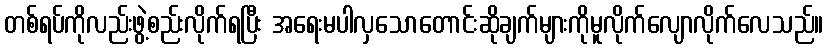
တစ်ရပ်ကိုလည်းဖွဲ့စည်းလိုက်ရပြီး အရေးမပါလှသောတောင်းဆိုချက်များကိုမူလိုက်လျောလိုက်လေသည်။